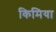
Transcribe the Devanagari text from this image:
किमिया